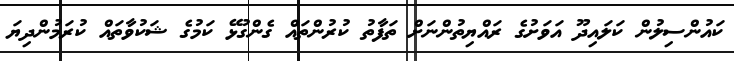
ކައުންސިލުން ކަލައިދޫ އަވަށުގެ ރައްޔިތުންނަށް ތަފާތު ކުރުންތައް ގެންގުޅޭ ކަމުގެ ޝަކުވާތައް ކުރަމުންދިޔަ